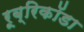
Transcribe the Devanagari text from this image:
रूब्रिकॉडा